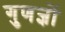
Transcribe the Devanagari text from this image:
गुणज्ञों